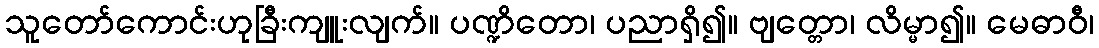
သူတော်ကောင်းဟုခြီးကျူးလျက်။ ပဏ္ဍိတော၊ ပညာရှိ၍။ ဗျတ္တော၊ လိမ္မာ၍။ မေဓာဝီ၊